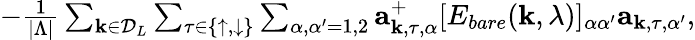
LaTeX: \begin{array}{r}{-\frac{1}{|\Lambda|}\sum_{{\mathbf k}\in{\cal D}_{L}}\sum_{\tau\in\{ \uparrow,\downarrow\} }\sum_{\alpha,\alpha^{\prime}=1,2}{\mathbf a}_{{\mathbf k},\tau,\alpha}^{+}[E_{bare}({\mathbf k},\lambda)]_{\alpha\alpha^{\prime}}{\mathbf a}_{{\mathbf k},\tau,\alpha^{\prime}},}\end{array}